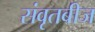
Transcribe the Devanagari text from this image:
संवृतबीज